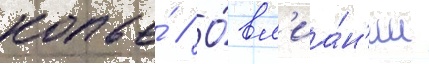
копье́ // О́ вл'иа́н'ии